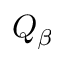
Q _ { \beta }